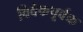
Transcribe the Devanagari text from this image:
विवेकपूर्वक